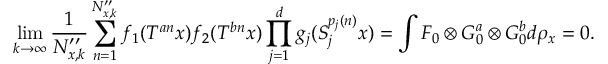
\operatorname* { l i m } _ { k \rightarrow \infty } \frac { 1 } { N _ { x , k } ^ { \prime \prime } } \sum _ { n = 1 } ^ { N _ { x , k } ^ { \prime \prime } } f _ { 1 } ( T ^ { a n } x ) f _ { 2 } ( T ^ { b n } x ) \prod _ { j = 1 } ^ { d } g _ { j } ( S _ { j } ^ { p _ { j } ( n ) } x ) = \int F _ { 0 } \otimes G _ { 0 } ^ { a } \otimes G _ { 0 } ^ { b } d \rho _ { x } = 0 .